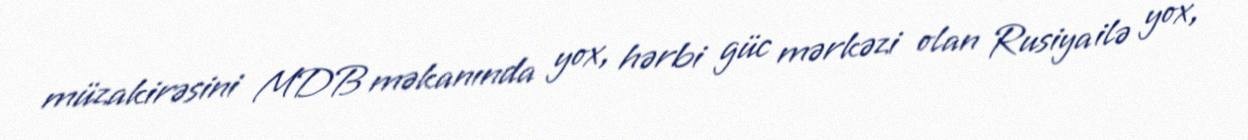
müzakirəsini MDB məkanında yox, hərbi güc mərkəzi olan Rusiya ilə yox,